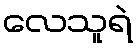
လေသူရဲ